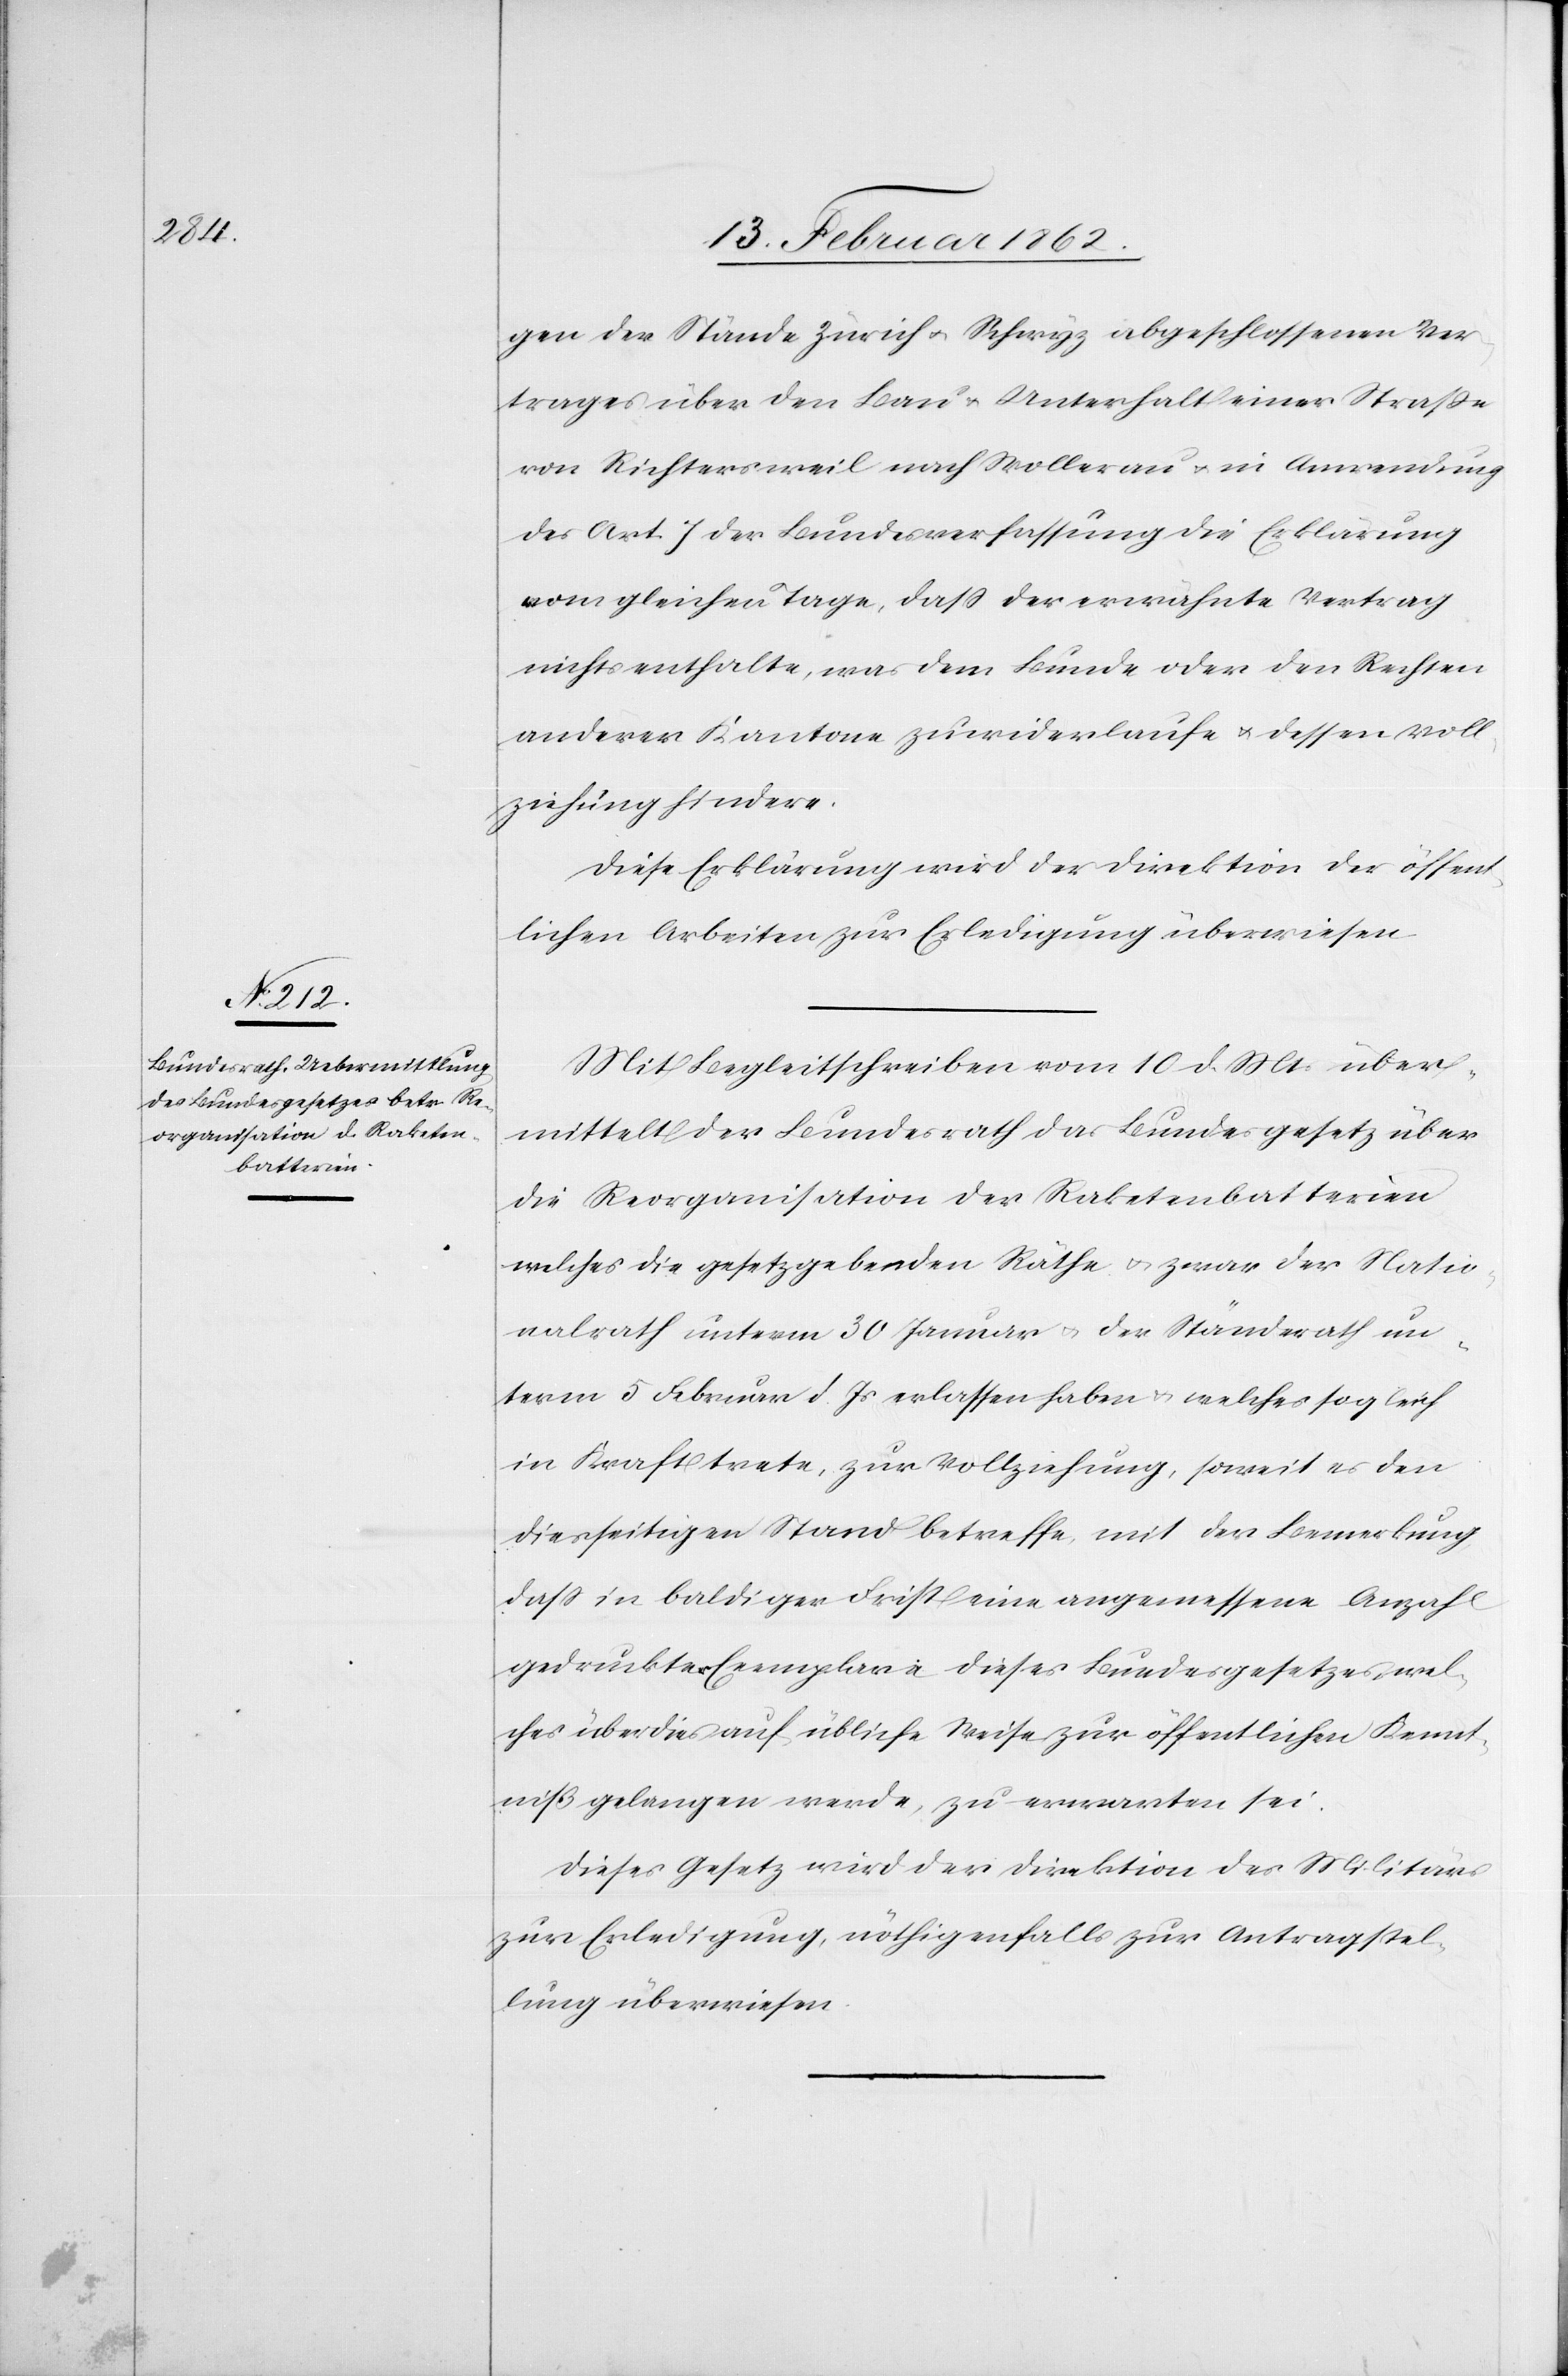
gen der Stände Zürich u. Schwyz abgeschlossenen Ver¬
trages über den Bau u. Unterhalt einer Straße
von Richtersweil nach Wollerau u. in Anwendung
des Art J der Bundesverfassung die Erklärung
vom gleichen Tage, daß der erwähnte Vertrag
nichts enthalte, was dem Bunde oder den Rechten
anderer Kantone zuwiderlaufe u. dessen Voll¬
ziehung hindere.
Diese Erklärung wird der Direktion der öffent¬
lichen Arbeiten zur Erledigung überwiesen.
Mit Begleitschreiben vom 10 d. Mts über¬
mittelt der Bundesrath das Bundesgesetz über
die Reorganisation der Raketenbatterien
welches die gesetzgebenden Räthe u. zwar der Natio¬
nalrath unterm 30 Januar u. der Ständerath un¬
term 5 Februar d. Js erlassen haben u. welches sogleich
in Kraft trete, zur Vollziehung, soweit es den
diesseitigen Stand betreffe, mit der Bemerkung,
daß in baldiger Frist eine angemessene Anzahl
gedruckter Exemplare dieses Bundesgesetzes, wel¬
ches überdies auf übliche Weise zur öffentlichen Kennt¬
niß gelangen werde, zu erwarten sei.
Dieses Gesetz wird der Direktion des Militärs
zur Erledigung, nöthigenfalls zur Antragstel¬
lung überwiesen.